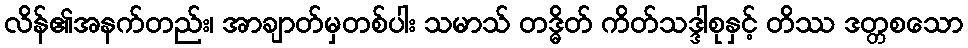
လိန်၏အနက်တည်း၊ အာချာတ်မှတစ်ပါး သမာသ် တဒ္ဓိတ် ကိတ်သဒ္ဒါစုနှင့် တိဿ ဒတ္တစသော